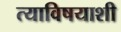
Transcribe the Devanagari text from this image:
त्याविषयाशी